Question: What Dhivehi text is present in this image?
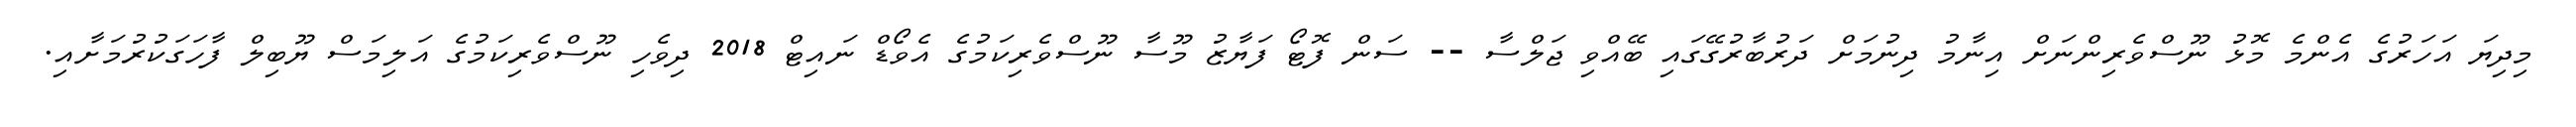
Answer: މިދިޔަ އަހަރުގެ އެންމެ މޮޅު ނޫސްވެރިންނަށް އިނާމު ދިނުމަށް ދަރުބާރުގޭގައި ބޭއްވި ޖަލްސާ -- ސަން ފޮޓޯ ފަޔާޒު މޫސާ ނޫސްވެރިކަމުގެ އެވޯޑް ނައިޓް 2018 ދިވެހި ނޫސްވެރިކަމުގެ އަލިމަސް ޔޫބިލް ފާހަގަކުރުމަށާއި.